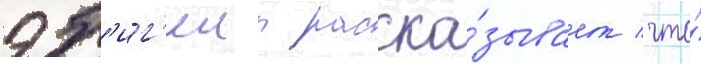
эб'иг'еил расска́зывает / что́